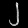
Digit: ၂